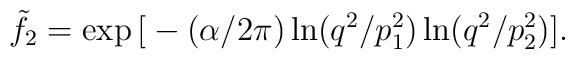
\tilde{f}_2 = \exp \big[-(\alpha/2\pi)\ln(q^2/p^2_1)\ln(q^2/p^2_2)\big].